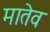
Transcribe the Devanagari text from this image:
मातेव